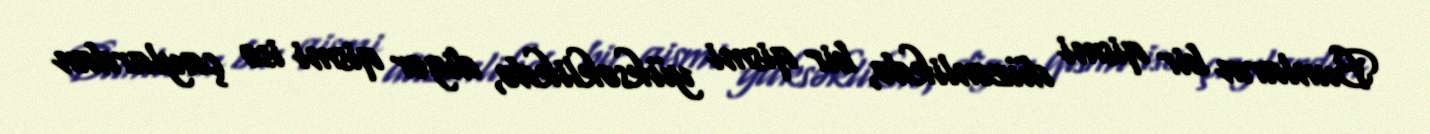
Bunların bir qismi düzənlikdə, bir qismi yüksəklikdə, digər qismi isə çaylardan